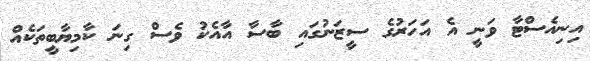
އިނިއެސްޓާ ވަނީ އެ އަހަރުގެ ސީޒަނުގައި ބާސާ އާއެކު ވެސް ގިނަ ކާމިޔާބީތަކެއް